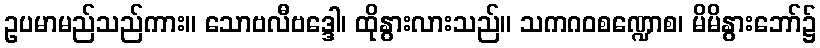
ဥပမာမည်သည်ကား။ သောဗလီဗဒ္ဒေါ၊ ထိုနွားလားသည်။ သကဂဝစဏ္ဍောစ၊ မိမိနွားဘော်၌